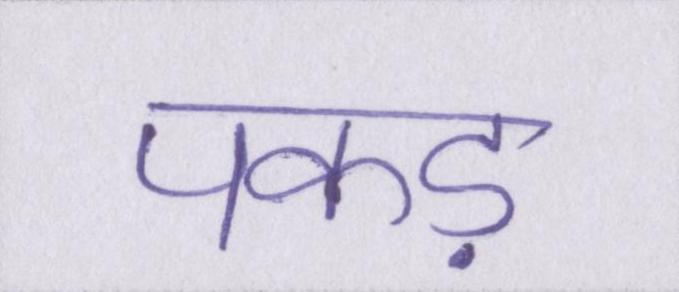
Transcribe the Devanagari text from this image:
पकड़